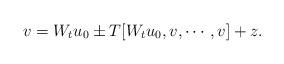
LaTeX: \begin{align*}v = W_t u_0 \pm T[W_tu_0, v, \cdots, v] + z.\end{align*}